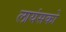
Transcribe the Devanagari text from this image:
लायंसको